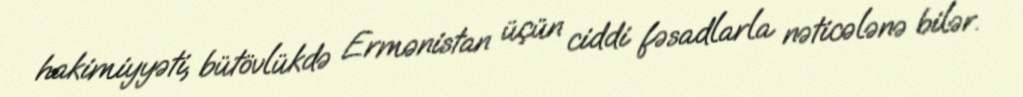
hakimiyyəti, bütövlükdə Ermənistan üçün ciddi fəsadlarla nəticələnə bilər.